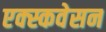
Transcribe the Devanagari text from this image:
एक्स्कवेसन